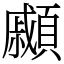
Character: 顣